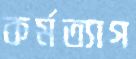
কর্মত্যাগ